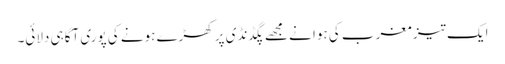
ایک تیز مغرب کی ہوا نے مجھے پگڈنڈی پر کھڑے ہونے کی پوری آگاہی دلائی۔